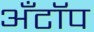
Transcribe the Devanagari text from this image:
अँटॉप